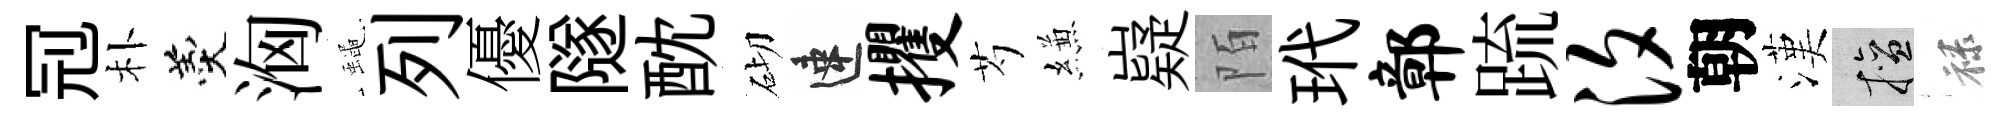
𠜍朴羹洶蠅列優隧酖砌速攫芍縑嶷陌玳鄣䟽汐朝漢擅禄